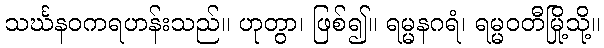
သင်္ဃနဝကရဟန်းသည်။ ဟုတွာ၊ ဖြစ်၍။ ရမ္မနဂရံ၊ ရမ္မဝတီမြို့သို့။